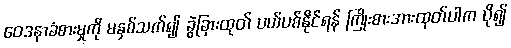
ဝေဒနာခံစားမှုကို မနှစ်သက်၍ ခွဲခြားထုတ် ပယ်ပစ်နိုင်ရန် ကြိုးစားအားထုတ်ပါက ပို၍